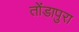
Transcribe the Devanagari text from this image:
तोंडापुरा